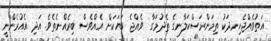
އަތުވެއްޖެހިނދަކު ތިމަންރަސްކަލާނގެ ތެދުމަގާ  ވެއްޖެ ބަޔަކަށް އެއްވެސް ބިރެއްނެތެވެ. އަދި އެއުރެންނީ